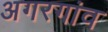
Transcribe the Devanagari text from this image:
अगरगांव